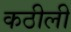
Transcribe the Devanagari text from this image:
कठीली